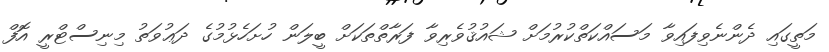
މަތީގައި ދެންނެވިފައިވާ މަސައްކަތްކުރުމަށް ޝައުޤުވެރިވާ ފަރާތްތަކަށް ބީލަން ހުށަހެޅުމުގެ ދަޢުވަތު މިނިސްޓްރީ އޮފް